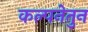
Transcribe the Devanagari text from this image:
कल्पनेतुन